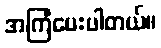
အကြံပေးပါတယ်။